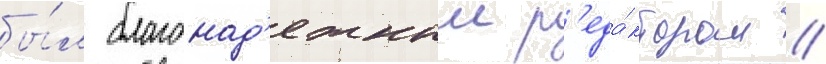
бы́л благонад'ежным р'еда́ктором //